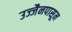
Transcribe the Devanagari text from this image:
उज्जैनपासून